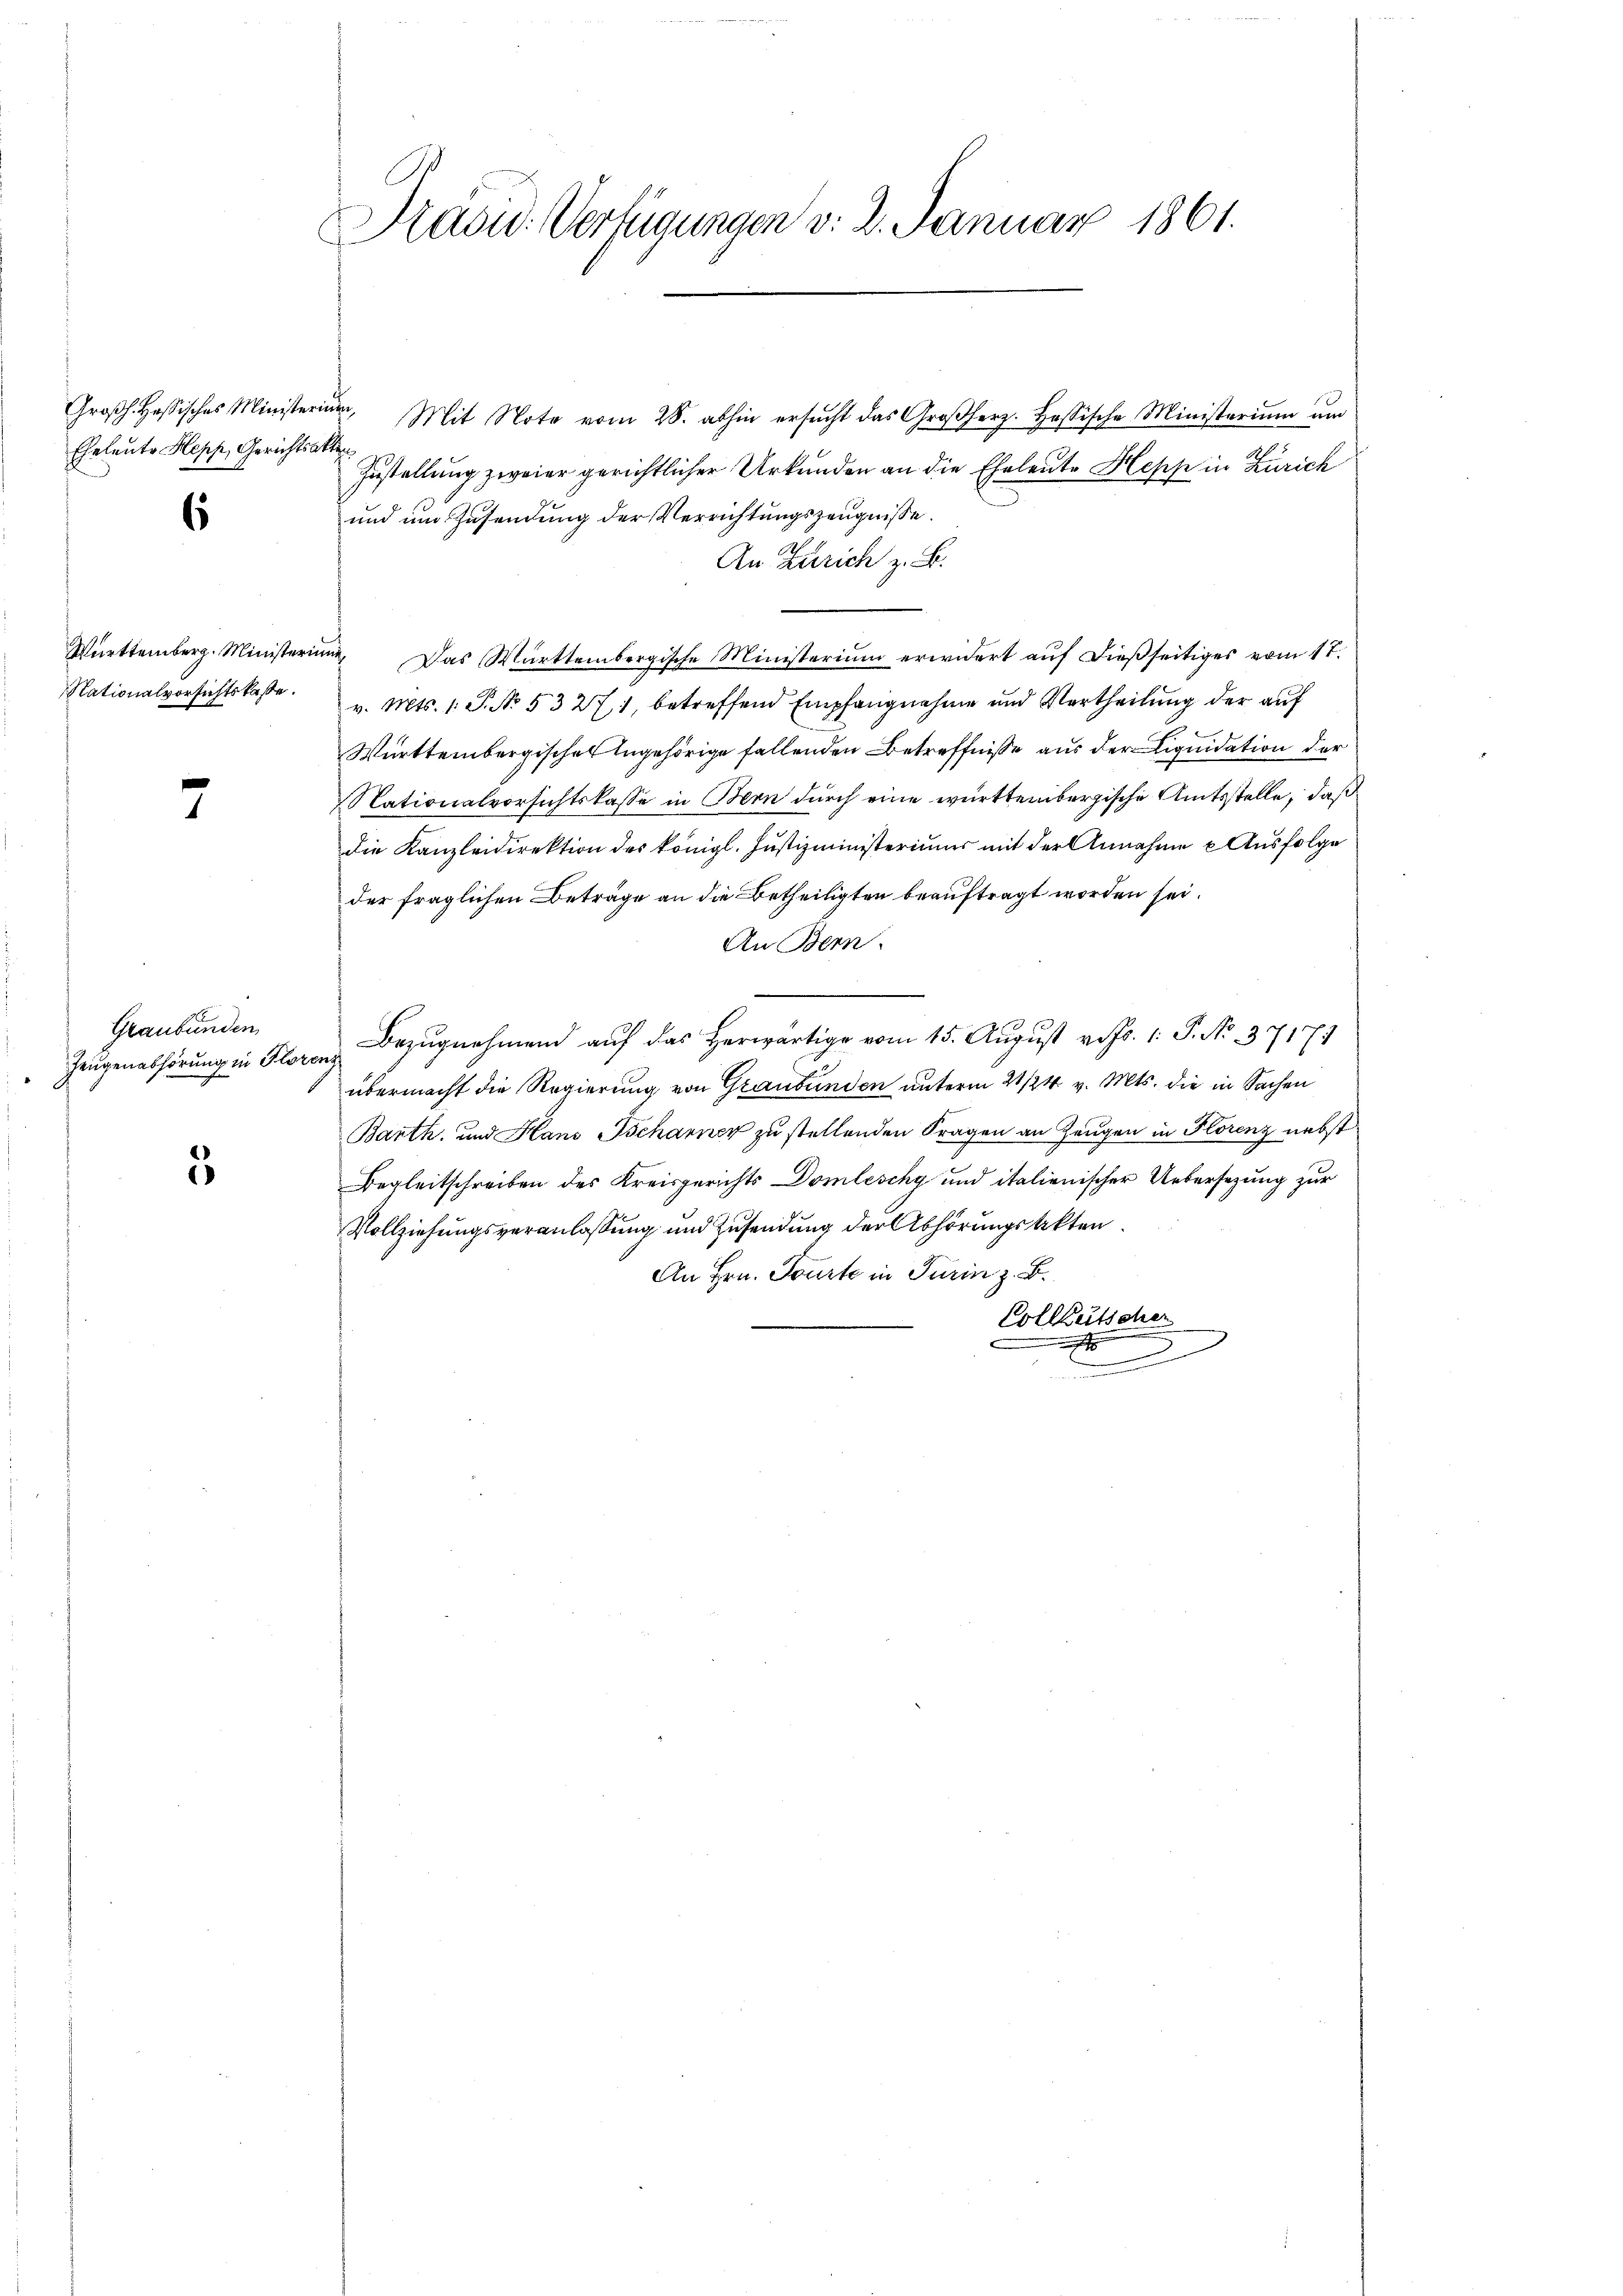
Großh. Hassisches Ministerium,
Eheleute Kepp, Gerichtsakten

6

7

3

Graubünden

Präsid. Verfügungen v. 2. Januar 1861.

Mit Note vom 28. abhin ersŭcht das Großherz. Hassische Ministeriŭm ŭm
Zustellung zweier gerichtlicher Urkunden an die Eheleute Hepp in Zürich
und um Zusendung der Verrichtungszeugnisse.
An Zürich z. B.
Württemberg. Ministerium Das Württembergische Ministerium erwidert aŭf dießseitiges vom 17.
Nationalvorsichtskasse. v. Mts. 1. P. No. 53271, betreffend Empfangnahme und Vertheilung der auf
Württembergischer Angehörige fallenden Betreffnisse aus der Liquidation der
Nationalvorsichtskasse in Bern durch eine württembergische Amtsstelle, daß
die Kanzleidirektion des königl. Justizministeriums mit der Annahme Ausfolge
der fraglichen Beträge an die Betheiligten beauftragt worden sei.
An Bern.
Zeugenabhörung in Floren Bezŭgnehmend aŭf das herwärtige vom 15. August v. Js. 1. P. No. 37171
übermacht die Regierung von Graubünden unterm 21/24 v. Mts. die in Sachen
Barth. und Haus Tscharner zu stellenden Fragen an Zeugen in Florenz nebst
Begleitschreiben des Kreisgerichts Domleschy und italienischer Uebersezung zur
Vollziehungsveranlassung und Zusendung der Abhörungsakten
An Hrn. Tourte in Turin z. B.
Vollzeitscher

d